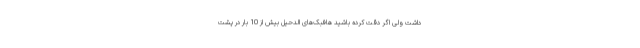
داشت ولی اگر دقت کرده باشید هافبک‌های الدحیل بیش از 10 بار در پشت